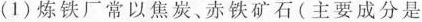
（1）炼铁厂常以焦炭、赤铁矿石(主要成分是